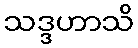
သဒ္ဒဟာသိ